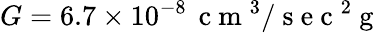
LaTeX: G=6.7\times 10^{-8}\, \mathrm{~c~m~}^{3}/\mathrm{~s~e~c~}^{2}\mathrm{~g~}